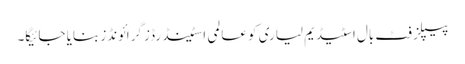
پیپلز فٹ بال اسٹیڈیم لیاری کو عالمی اسٹینڈرڈز گرائونڈز بنایا جائیگا۔